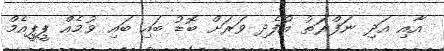
އާއި އަދި ނަފްރަތު އުފެދި ވަރަށް ބޮޑު ބައި ބައި ވުމެއް ޕީޕީއެމް